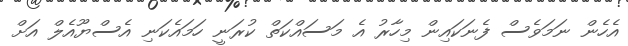
އެހެން ނަމަވެސް ފެނަކައިން މިހާރު އެ މަސައްކަތް ކުރަނީ ހަމައެކަނި އެސްޔޫއެލް އަށް